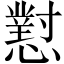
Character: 懟